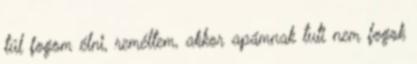
túl fogom élni, reméltem, akkor apámnak tuti nem fogok